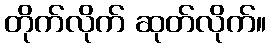
တိုက်လိုက် ဆုတ်လိုက်။